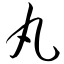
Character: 丸